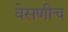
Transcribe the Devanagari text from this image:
वेसणीच